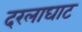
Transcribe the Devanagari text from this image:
दरलाघाट